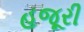
હજૂરી